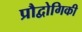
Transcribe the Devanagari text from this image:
प्रौद्वोगिकी